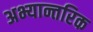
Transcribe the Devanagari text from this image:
अभ्यान्तरिक